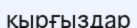
қырғыздар